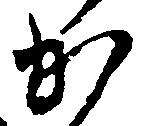
か